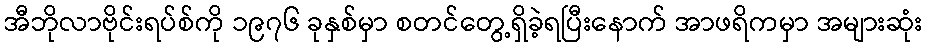
အီဘိုလာဗိုင်းရပ်စ်ကို ၁၉၇၆ ခုနှစ်မှာ စတင်တွေ့ရှိခဲ့ရပြီးနောက် အာဖရိကမှာ အများဆုံး